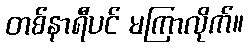
တစ်နာရီပင် မကြာလိုက်။